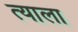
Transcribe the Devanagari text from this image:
त्‍याला